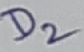
Text: D2